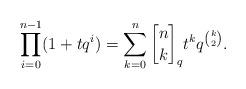
LaTeX: \begin{align*}\prod_{i=0}^{n-1} (1+tq^i) = \sum_{k=0}^{n} {n \brack k}_{q} t^k q^{\binom{k}{2}}.\end{align*}